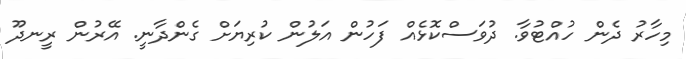
މިހާރު ދެން ހުއްޓުވާ. ދުވަސްކޮޅެއް ފަހުން އަލުން ކުރިޔަށް ގެންދާނީ. އޭރުން ރީނދޫ